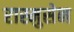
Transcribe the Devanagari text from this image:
रास्मुसेन